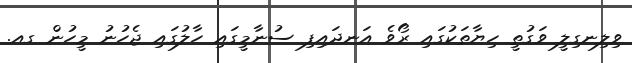
ވިލިނގިލީ ވަގުތީ ހިޔާތަކުގައި ރޯވެ އަނދައިފި ސުނާމީގައި ހާލުގައި ޖެހުނު މީހުން ގއ.